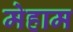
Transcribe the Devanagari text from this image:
मेहाम